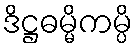
ဒိဋ္ဌဓမ္မိကမ္ပိ